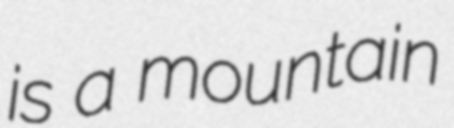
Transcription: is a mountain